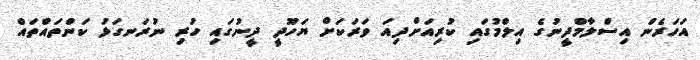
އަހަރެން އިސްލާމްދީނުގެ އިލްމުގައި ކުރިއަށްދިއަ ވަރަކަށް ޔަހޫދީ ދީނުގައި ހުރި ނުރަނގަޅު ކަންތައްތައް